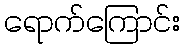
ရောက်ကြောင်း